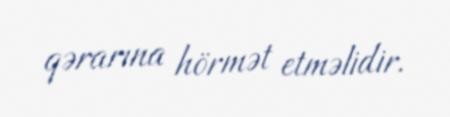
qərarına hörmət etməlidir.